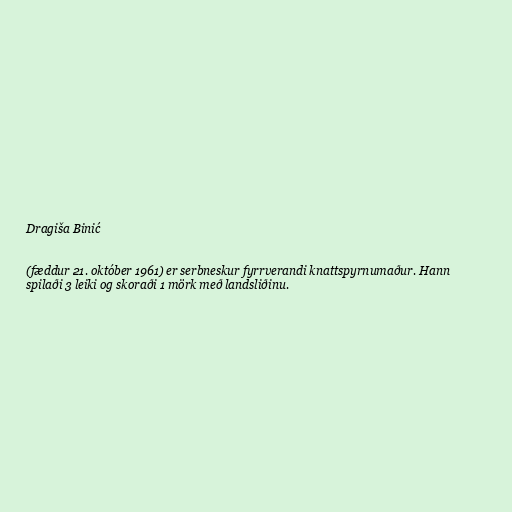
Dragiša Binić

(fæddur 21. október 1961) er serbneskur fyrrverandi knattspyrnumaður. Hann
spilaði 3 leiki og skoraði 1 mörk með landsliðinu.